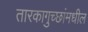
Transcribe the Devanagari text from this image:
तारकागुच्छांमधील